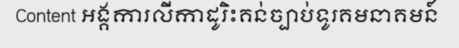
Content អង្គការលីកាដូរិះគន់ច្បាប់ទូរគមនាគមន៍